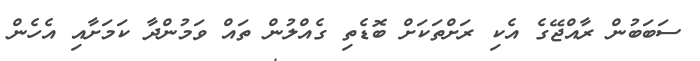
ސަބަބުން ރާއްޖޭގެ އެކި ރަށްތަކަށް ބޮޑެތި ގެއްލުން ތައް ވަމުންދާ ކަމަށާއި އެހެން